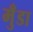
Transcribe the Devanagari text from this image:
मुँडा